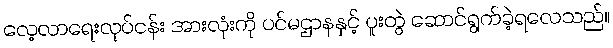
လေ့လာရေးလုပ်ငန်း အားလုံးကို ပင်မဌာနနှင့် ပူးတွဲ ဆောင်ရွက်ခဲ့ရလေသည်။